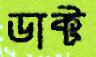
ডাক্ট